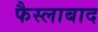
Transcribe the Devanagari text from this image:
फैस्लाबाद